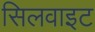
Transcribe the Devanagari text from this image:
सिलवाइट